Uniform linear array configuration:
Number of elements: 48
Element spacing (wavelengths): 0.5
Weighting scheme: kaiser
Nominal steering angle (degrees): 15
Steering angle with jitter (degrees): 16.924
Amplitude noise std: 0.05
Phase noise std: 0.05

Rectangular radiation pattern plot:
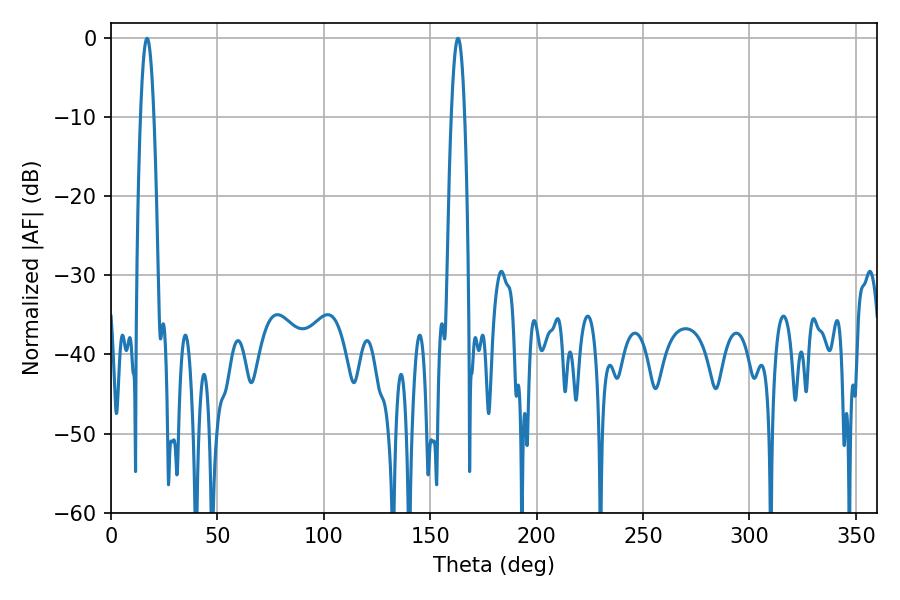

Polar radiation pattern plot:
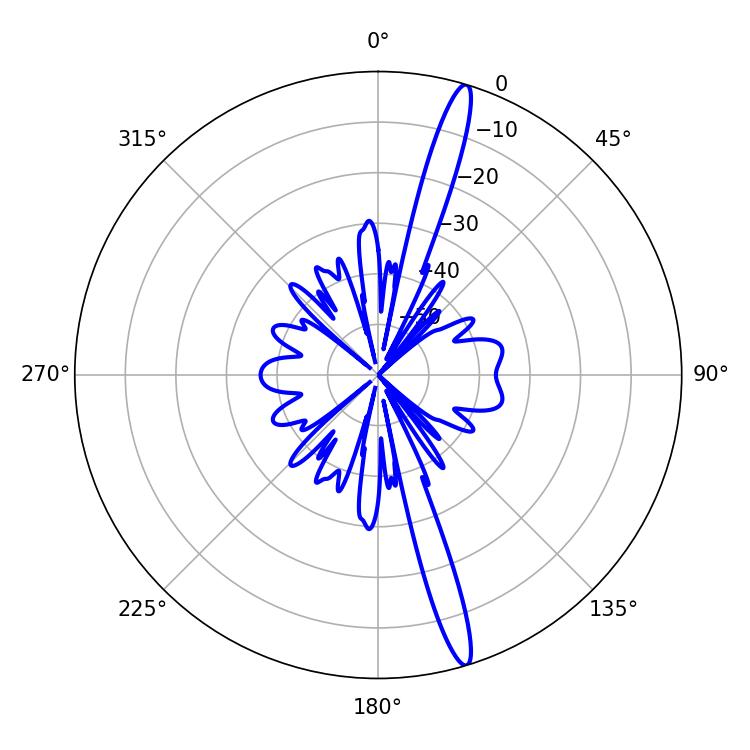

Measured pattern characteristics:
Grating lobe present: FALSE
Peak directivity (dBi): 17.167
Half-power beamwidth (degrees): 3.42
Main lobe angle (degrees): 16.92